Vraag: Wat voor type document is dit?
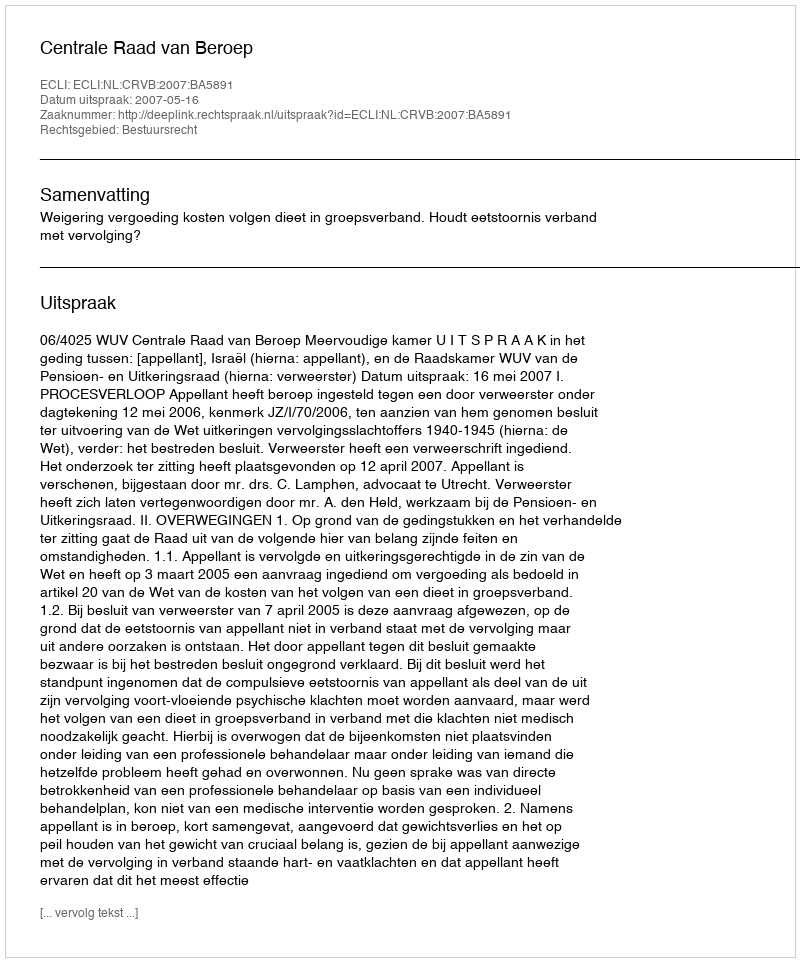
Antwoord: Uitspraak